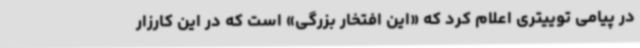
در پیامی توییتری اعلام کرد که «این افتخار بزرگی» است که در این کارزار